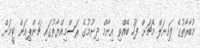
މުބާރާތުގެ ފައިނަލް މެޗަށް ފަހު ބޭއްވި އިނާމް ދިނުމުގެ ރަސްމިއްޔާތުގައި ޗެންޕިއަން ޓީމަށް